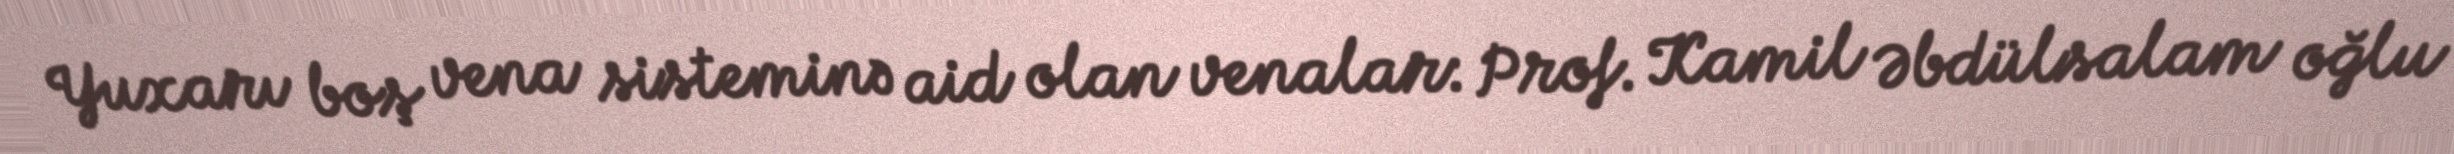
Yuxarı boş vena sisteminə aid olan venalar: Prof. Kamil Əbdülsalam oğlu